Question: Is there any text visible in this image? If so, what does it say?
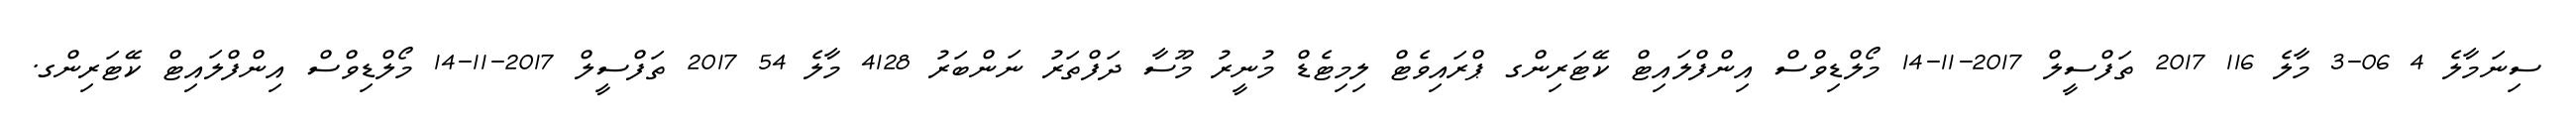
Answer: ސިނަމާލެ 4 06-3 މާލެ 116 2017 ތަފްސީލް 2017-11-14 މޯލްޑިވްސް އިންފްލައިޓް ކޭޓަރިންގ ޕްރައިވެޓް ލިމިޓެޑް މުނީރު މޫސާ ދަފްތަރު ނަންބަރު 4128 މާލެ 54 2017 ތަފްސީލް 2017-11-14 މޯލްޑިވްސް އިންފްލައިޓް ކޭޓަރިންގ.